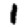
Digit: 1